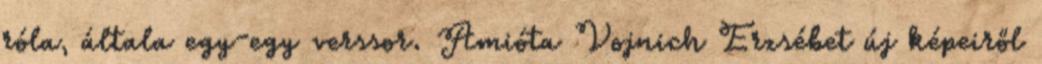
róla, általa egy-egy verssor. Amióta Vojnich Erzsébet új képeiről